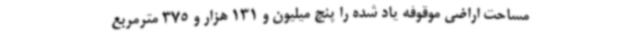
مساحت اراضی موقوفه یاد شده را پنج میلیون و 131 هزار و 375 مترمربع